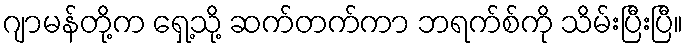
ဂျာမန်တို့က ရှေ့သို့ ဆက်တက်ကာ ဘရက်စ်ကို သိမ်းပြီးပြီ။